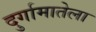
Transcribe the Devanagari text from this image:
दुर्गामातेला